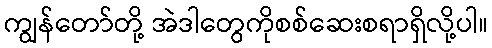
ကျွန်တော်တို့ အဲဒါတွေကိုစစ်ဆေးစရာရှိလို့ပါ။